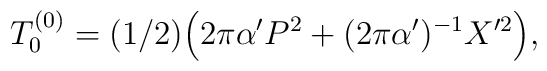
T_0^{(0)} = (1/2) \Bigl(2\pi\alpha'P^2 + (2\pi\alpha')^{-1} X'^2\Bigr),